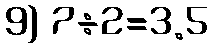
9) 7÷2=3.5